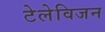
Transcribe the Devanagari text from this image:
टेलेविजन